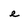
Character: e